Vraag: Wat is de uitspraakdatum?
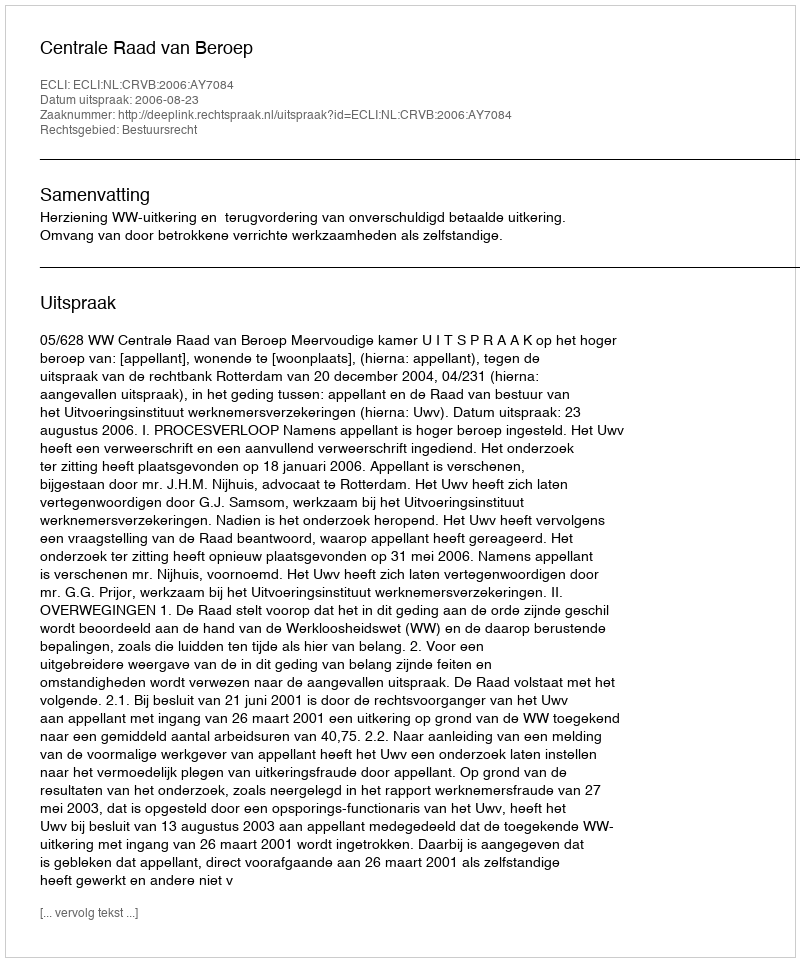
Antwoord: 2006-08-23